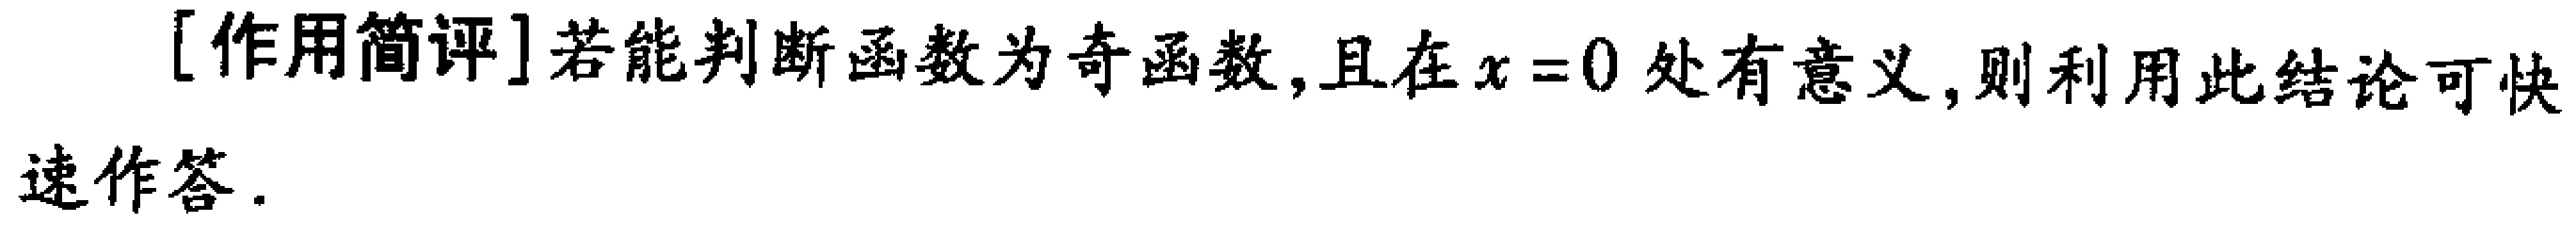
[作用简评]若能判断函数为奇函数,且在\(x = 0\)处有意义,则利用此结论可快速作答.